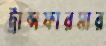
ট্রান্সফারমার